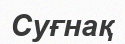
Суғнақ